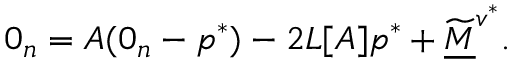
0 _ { n } = A ( 0 _ { n } - p ^ { * } ) - 2 L [ A ] p ^ { * } + \widetilde { \underline { M } } ^ { v ^ { * } } .